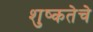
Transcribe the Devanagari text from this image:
शुष्कतेचे